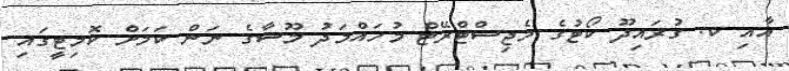
އާއި ކ. ގުރައިދޫ ކޯޓުގެ މެޖިސްޓްރޭޓް މުހައްމަދު މޫސާގެ ނަން ކަމަށް ކޮމިޓީގައި